Lunatic asylums in Bengal annual reports 1888-1898 - 1888-1898
Year: 1888
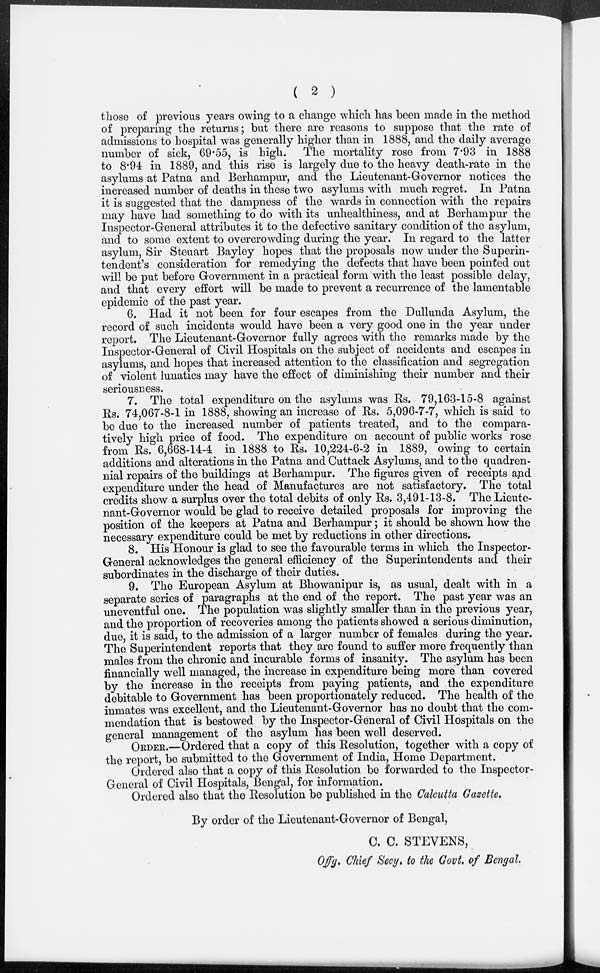
( 2 )
those of previous years owing to a change which has been made in the method
of preparing the returns; but there are reasons to suppose that the rate of
admissions to hospital was generally higher than in 1888, and the daily average
number of sick, 69.55, is high. The mortality rose from 7.93 in 1888
to 8.94 in 1889, and this rise is largely due to the heavy death-rate in the
asylums at Patna and Berhampur, and the Lieutenant-Governor notices the
increased number of deaths in these two asylums with much regret. In Patna
it is suggested that the dampness of the wards in connection with the repairs
may have had something to do with its unhealthiness, and at Berhampur the
Inspector-General attributes it to the defective sanitary condition of the asylum,
and to some extent to overcrowding during the year. In regard to the latter
asylum, Sir Steuart Bayley hopes that the proposals now under the Superin-
tendent's consideration for remedying the defects that have been pointed out
will be put before Government in a practical form with the least possible delay,
and that every effort will be made to prevent a recurrence of the lamentable
epidemic of the past year.
6. Had it not been for four escapes from the Dullunda Asylum, the
record of such incidents would have been a very good one in the year under
report. The Lieutenant-Governor fully agrees with the remarks made by the
Inspector-General of Civil Hospitals on the subject of accidents and escapes in
asylums, and hopes that increased attention to the classification and segregation
of violent lunatics may have the effect of diminishing their number and their
seriousness.
7. The total expenditure on the asylums was Rs. 79,163-15-8 against
Rs. 74,067-8-1 in 1888, showing an increase of Rs. 5,096-7-7, which is said to
be due to the increased number of patients treated, and to the compara-
tively high price of food. The expenditure on account of public works rose
from Rs. 6,668-14-4 in1888 to Rs. 10,224-6-2 in 1889, owing to certain
additions and alterations in the Patna and Cuttack Asylums, and to the quadren-
nial repairs of the buildings at Berhampur. The figures given of receipts and
expenditure under the head of Manufactures are not satisfactory. The total
credits show a surplus over the total debits of only Rs. 3,491-13-8. The Lieute-
nant-Governor would be glad to receive detailed proposals for improving the
position of the keepers at Patna and Berhampur; it should be shown how the
necessary expenditure could be met by reductions in other directions.
8. His Honour is glad to see the favourable terms in which the Inspector-
General acknowledges the general efficiency of the Superintendents and their
subordinates in the discharge of their duties.
9. The European Asylum at Bhowanipur is, as usual, dealt with in a
separate series of paragraphs at the end of the report. The past year was an
uneventful one. The population was slightly smaller than in the previous year,
and the proportion of recoveries among the patients showed a serious diminution,
due, it is said, to the admission of a larger number of females during the year.
The Superintendent reports that they are found to suffer more frequently than
males from the chronic and incurable forms of insanity. The asylum has been
financially well managed, the increase in expenditure being more than covered
by the increase in the receipts from paying patients, and the expenditure
debitable to Government has been proportionately reduced. The health of the
inmates was excellent, and the Lieutenant-Governor has no doubt that the com-
mendation that is bestowed by the Inspector-General of Civil Hospitals on the
general management of the asylum has been well deserved.
ORDER.—Ordered that a copy of this Resolution, together with a copy of
the report, be submitted to the Government of India, Home Department.
Ordered also that a copy of this Resolution be forwarded to the Inspector-
General of Civil Hospitals, Bengal, for information.
Ordered also that the Resolution be published in the Calcutta Gazette.
By order of the Lieutenant-Governor of Bengal,
C. C. STEVENS,
Offg. Chief Secy. to the Govt. of Bengal.